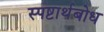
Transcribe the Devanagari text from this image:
स्पष्टार्थबोध